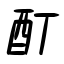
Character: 酊